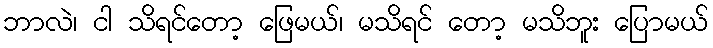
ဘာလဲ၊ ငါ သိရင်တော့ ဖြေမယ်၊ မသိရင် တော့ မသိဘူး ပြောမယ်